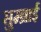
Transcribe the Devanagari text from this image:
सुम्ब्राई